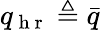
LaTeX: q_{\mathrm{~h~r~}}\triangleq\bar{q}